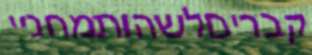
קבריםלשהותמחניי